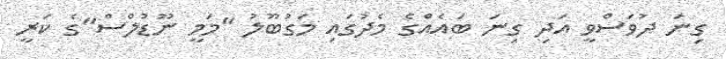
ގިނަ ދުވަސްވީ އަދި ގިނަ ބައެއްގެ މެދުގައި މަގުބޫލު "މަމީ ނޫޑުލްސް"ގެ ކަރީ